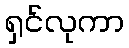
ရှင်လုကာ